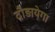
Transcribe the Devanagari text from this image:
दौड़ायेगा